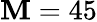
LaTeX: \mathbf{M}=45